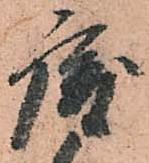
唐